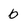
Character: b